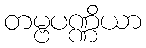
တမ္ဗပဏ္ဏိယာ